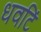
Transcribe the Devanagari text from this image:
धवटिं